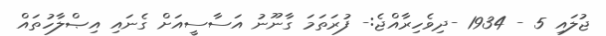
ޖުލައި 5 - 1934 -ދިވެހިރާއްޖެ:- ފުރަތަމަ ގާނޫނު އަސާސީއަށް ގެނައި އިޞްލާހުތައް